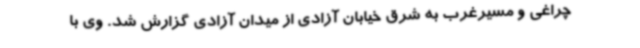
چراغی و مسیرغرب به شرق خیابان آزادی از میدان آزادی گزارش شد. وی با